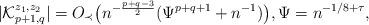
LaTeX: \begin{align*}|\mathcal{K}^{z_1,z_2}_{p+1,q}|=O_{\prec}\big(n^{-\frac{p+q-3}{2}}(\Psi^{p+q+1}+n^{-1})\big),\Psi=n^{-1/8+\tau},\end{align*}